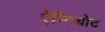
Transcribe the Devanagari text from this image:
ऐम्नियोट